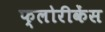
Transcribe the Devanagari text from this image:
फ्लोरीकेंस